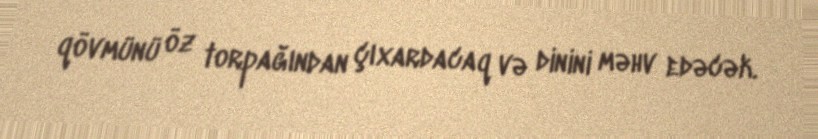
qövmünü öz torpağından çıxardacaq və dinini məhv edəcək.